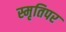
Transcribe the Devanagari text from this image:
स्मृतिपर